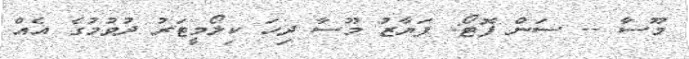
މޫސާ -- ސަން ފޮޓޯ: ފަޔާޒު މޫސާ ދިހަ ކިލޯމީޓަރު ދުވުމުގެ އެއް